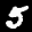
Label: 5